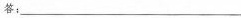
答： ___